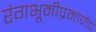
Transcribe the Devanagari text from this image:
रंगभूमीप्रमाणेच